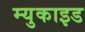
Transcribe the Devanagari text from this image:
म्युकाइड